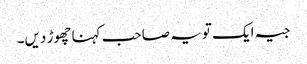
جیہ ایک تو یہ صاحب کہنا چھوڑ دیں۔